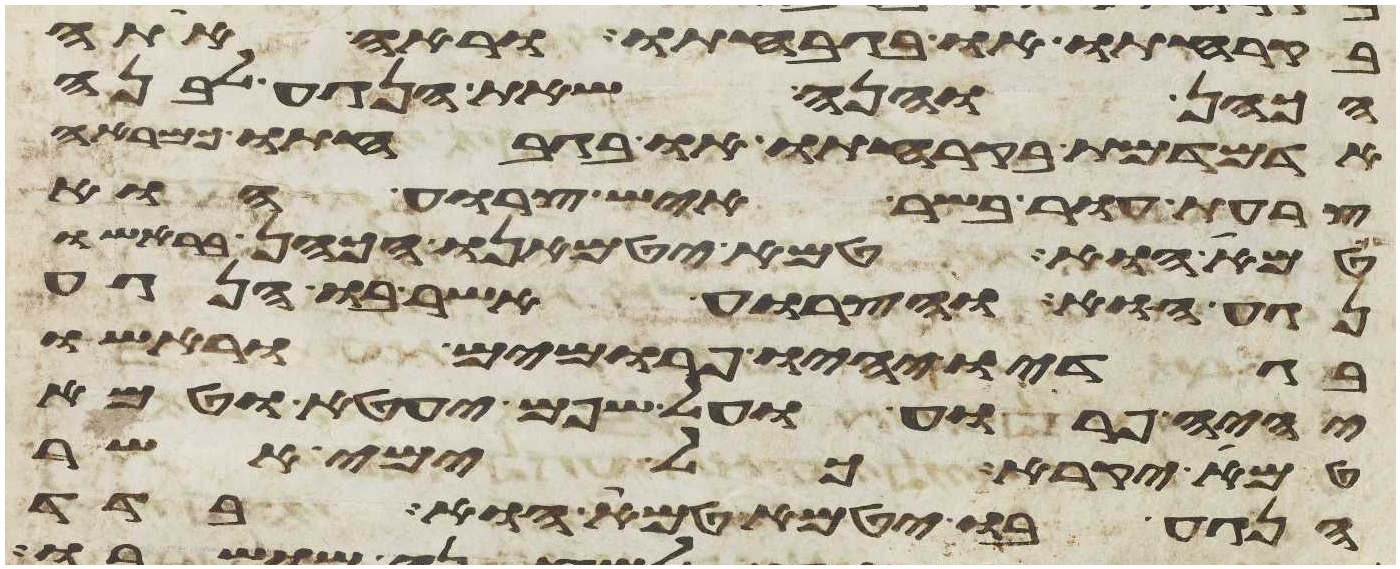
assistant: בקרחתו או בגבחתו וראה אתה
הכהן והנה שאת הנגע לבנה
אדמדמת בקרחתו או בגבחתו כמראה
צרעת עור בשר איש צרוע הוא
טמא הוא טמא יטמאנו הכהן בראשו
נגעו והצרוע אשר בו הנגע
בגדיו יהיו פרומים וראשו
יהיה פרוע ועל שפם יעטא וטמא
טמא יקרא כל ימי אשר
הנגע בו יטמא טמא הוא בדד